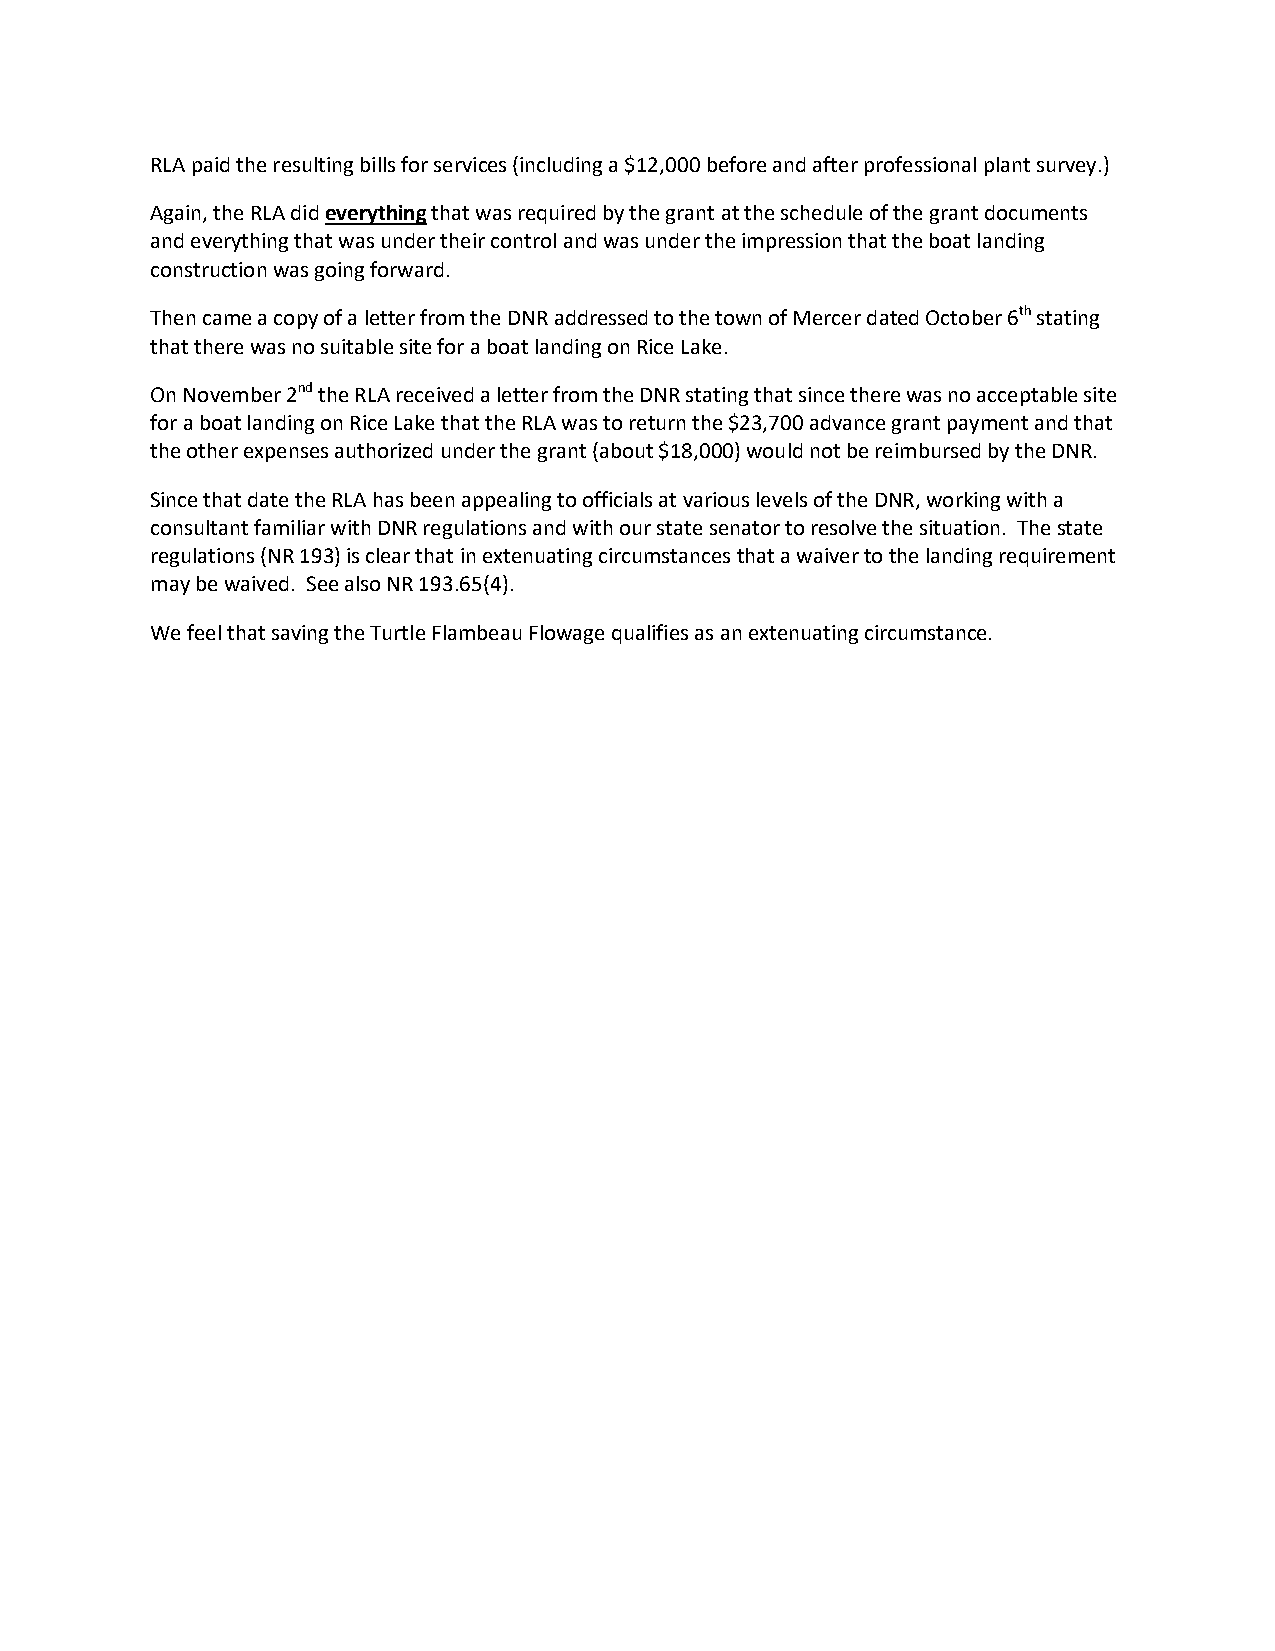
RLA paid the resulting bills for services (including a $12,000 before and after professional plant survey.)
 Again, the RLA did everything that was required by the grant at the schedule of the grant documents
 and everything that was under their control and was under the impression that the boat landing
 construction was going forward.
 Then came a copy of a letter from the DNR addressed to the town of Mercer dated October 6th stating
 that there was no suitable site for a boat landing on Rice Lake.
 On November 2nd the RLA received a letter from the DNR stating that since there was no acceptable site
 for a boat landing on Rice Lake that the RLA was to return the $23,700 advance grant payment and that
 the other expenses authorized under the grant (about $18,000) would not be reimbursed by the DNR.
 Since that date the RLA has been appealing to officials at various levels of the DNR, working with a
 consultant familiar with DNR regulations and with our state senator to resolve the situation. The state
 regulations (NR 193) is clear that in extenuating circumstances that a waiver to the landing requirement
 may be waived. See also NR 193.65(4).
 We feel that saving the Turtle Flambeau Flowage qualifies as an extenuating circumstance.